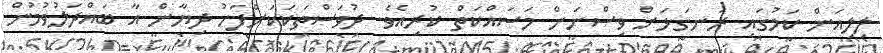
ލިލިއަން ކަމުގައި ރަނގަޅަށް ވިސްނަން މަސައްކަތް ކުރިއެވެ. ދުވަސްތަކަކަށްފަހު ދިޔާން އާ ބައްދަލުވުމުން